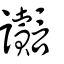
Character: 讟